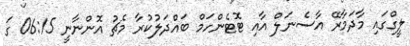
ލީގްގައި މާދަމާރޭ އާސެނަލް އާއި ޓޮޓެންހަމް ބައްދަލުކުރާ މެޗު އޮންނާނީ 06:15 ގަ